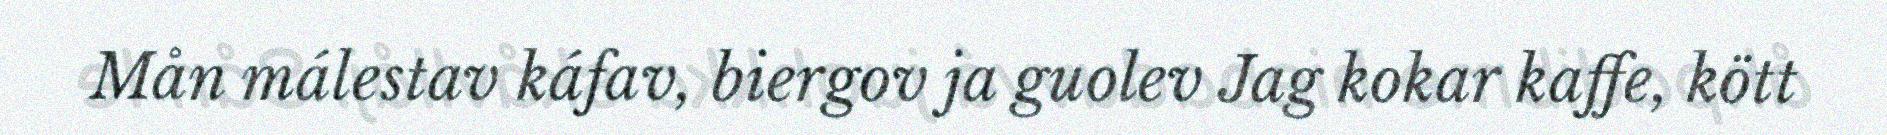
Mån málestav káfav, biergov ja guolev Jag kokar kaffe, kött